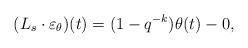
LaTeX: \begin{align*} (L_s\cdot \varepsilon_{\theta})(t) & = (1 - q^{-k})\theta(t) - 0,\end{align*}